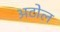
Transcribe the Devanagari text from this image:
अटोल